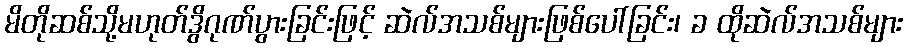
မိတိုဆစ်သို့မဟုတ်ဒွိဂုဏ်ပွားခြင်းဖြင့် ဆဲလ်အသစ်များဖြစ်ပေါ်ခြင်း၊ ခ ထိုဆဲလ်အသစ်များ